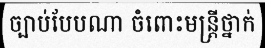
ច្បាប់បែបណា ចំពោះមន្ត្រីថ្នាក់